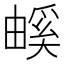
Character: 𤳃